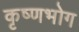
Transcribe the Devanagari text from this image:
कृष्णभोग